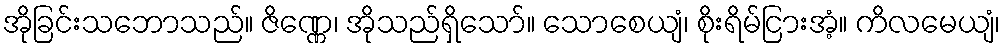
အိုခြင်းသဘောသည်။ ဇိဏ္ဏေ၊ အိုသည်ရှိသော်။ သောစေယျံ၊ စိုးရိမ်ငြားအံ့။ ကိလမေယျံ၊